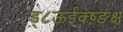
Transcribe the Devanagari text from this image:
ड्८ऊईक्ष़्ङंक्ष